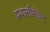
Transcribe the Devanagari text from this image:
प्रवासीसेवेत